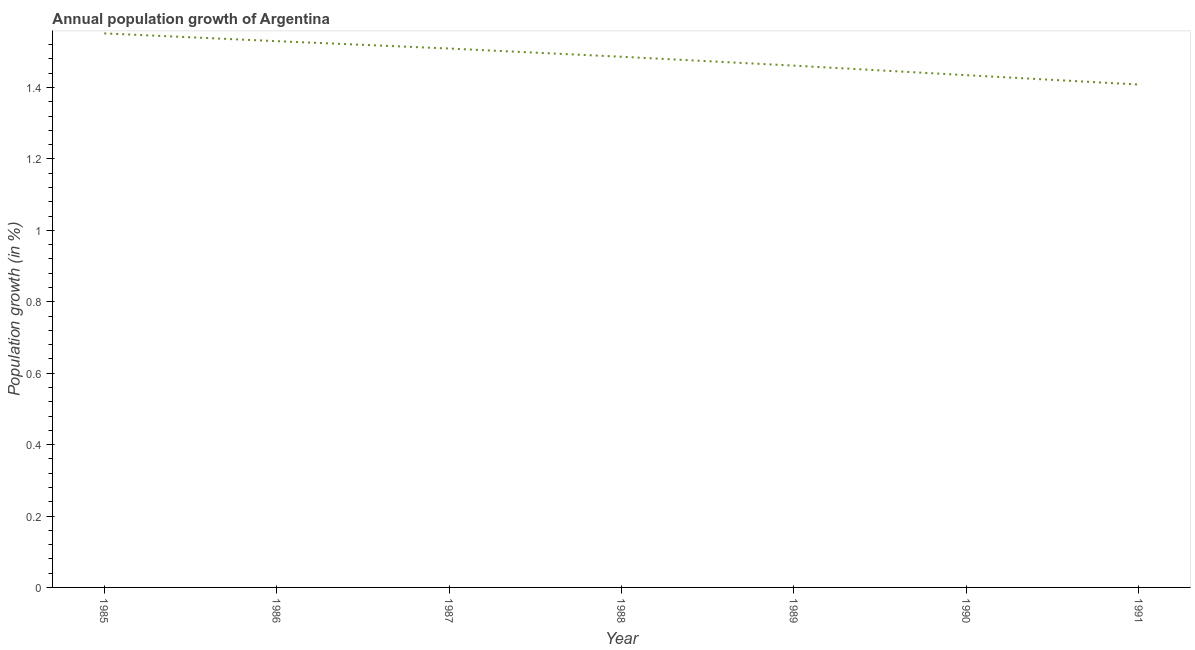
| Year | Population growth |
 | --- | --- |
 | 1985 | 1.55 |
 | 1986 | 1.53 |
 | 1987 | 1.51 |
 | 1988 | 1.49 |
 | 1989 | 1.46 |
 | 1990 | 1.43 |
 | 1991 | 1.41 |